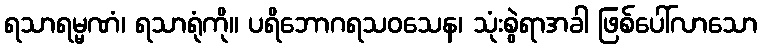
ရသာရမ္မဏံ၊ ရသာရုံကို။ ပရိဘောဂရသဝသေန၊ သုံးစွဲရာအခါ ဖြစ်ပေါ်လာသော